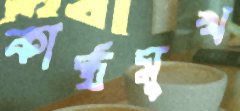
কাষ্ঠমুখ